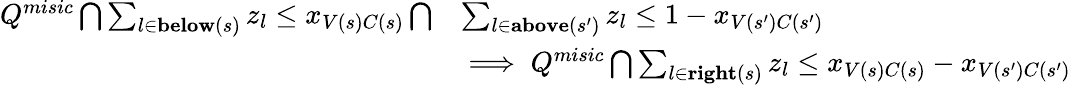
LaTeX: \begin{array}{rl}{Q^{misic}\bigcap\sum_{l\in\textup{\textbf{below}}(s)}z_{l}\leq x_{V(s)C(s)}\bigcap}&{\sum_{l\in\textup{\textbf{above}}(s^{\prime})}z_{l}\leq 1-x_{V(s^{\prime})C(s^{\prime})}}\\ &{\implies Q^{misic}\bigcap\sum_{l\in\textup{\textbf{right}}(s)}z_{l}\leq x_{V(s)C(s)}-x_{V(s^{\prime})C(s^{\prime})}}\end{array}